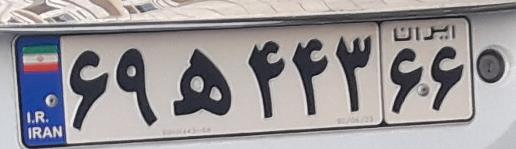
۶۹ه۴۴۳۶۶